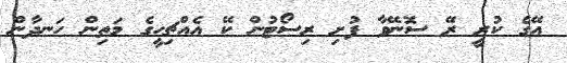
އޭގެ ކުރީ ރޭ ސޮނޭވާ ފުށި ރިސޯޓުން ކޭ އެއްޗިހީގެ މަތިން ހަނދާން